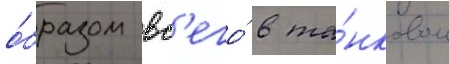
о́бразом вс'его́ в та́нковом